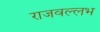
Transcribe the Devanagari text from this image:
राजवल्‍लभ